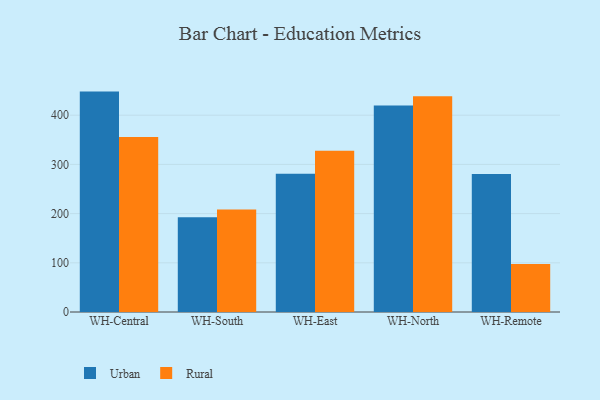
{"axis": {"x": "Warehouse", "y": "Net Income (USD K)"}, "legend": ["Rural", "Urban"], "data": [{"x": "WH-Central", "y": 448.0, "type": "Urban"}, {"x": "WH-Central", "y": 355.5, "type": "Rural"}, {"x": "WH-South", "y": 192.7, "type": "Urban"}, {"x": "WH-South", "y": 208.1, "type": "Rural"}, {"x": "WH-East", "y": 281.0, "type": "Urban"}, {"x": "WH-East", "y": 327.6, "type": "Rural"}, {"x": "WH-North", "y": 419.6, "type": "Urban"}, {"x": "WH-North", "y": 438.3, "type": "Rural"}, {"x": "WH-Remote", "y": 280.5, "type": "Urban"}, {"x": "WH-Remote", "y": 97.5, "type": "Rural"}]}